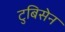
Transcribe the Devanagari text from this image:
टुबिसेन